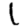
Digit: 1